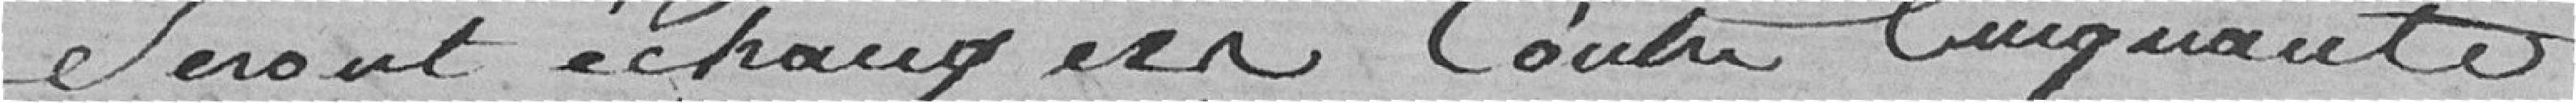
seront échangées contre cinquante